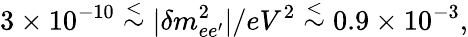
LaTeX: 3\times 10^{-10}\stackrel{<}{\sim}|\delta m_{ee^{\prime}}^{2}|/eV^{2}\stackrel{<}{\sim}0.9\times 10^{-3},